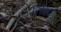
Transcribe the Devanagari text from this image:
नितिन्